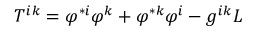
T ^ { i k } = \varphi ^ { \ast i } \varphi ^ { k } + \varphi ^ { \ast k } \varphi ^ { i } - g ^ { i k } L